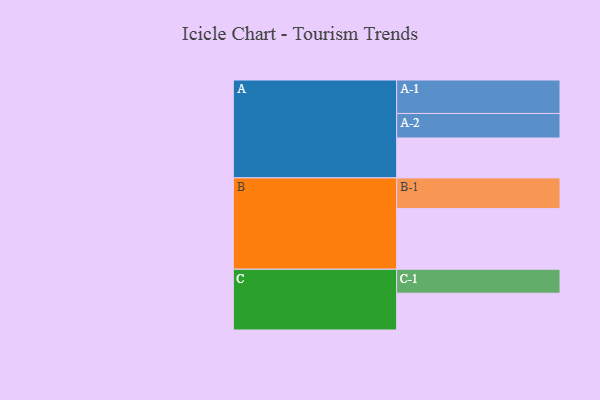
{"axis": {"x": "Segment", "y": "Value"}, "legend": ["", "A", "B", "C"], "data": [{"x": "A", "y": 348, "type": ""}, {"x": "B", "y": 529, "type": ""}, {"x": "C", "y": 321, "type": ""}, {"x": "A-1", "y": 292, "type": "A"}, {"x": "A-2", "y": 214, "type": "A"}, {"x": "B-1", "y": 268, "type": "B"}, {"x": "C-1", "y": 209, "type": "C"}]}